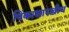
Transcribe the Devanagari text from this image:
पिंकासारखीच